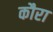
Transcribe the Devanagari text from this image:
कौरा